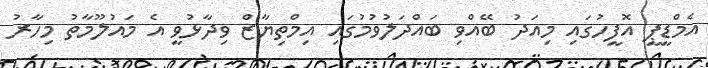
އެމްޑީޕީ އޮފީހުގައި މިއަދު ބޭއްވި ބައްދަލުވުމުގައި އިމްތިޔާޒް ވިދާޅުވީ އެ މައުލޫމާތު މިހާރު